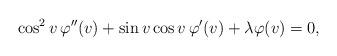
LaTeX: \begin{align*} \cos^{2}v\,\varphi''(v)+\sin v\cos v\, \varphi'(v)+\lambda\varphi(v)=0, \end{align*}